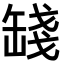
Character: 𦈻